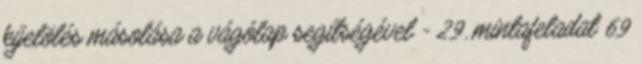
kijelölés másolása a vágólap segítségével - 29. mintafeladat 69